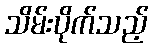
သိမ်းပိုက်သည့်